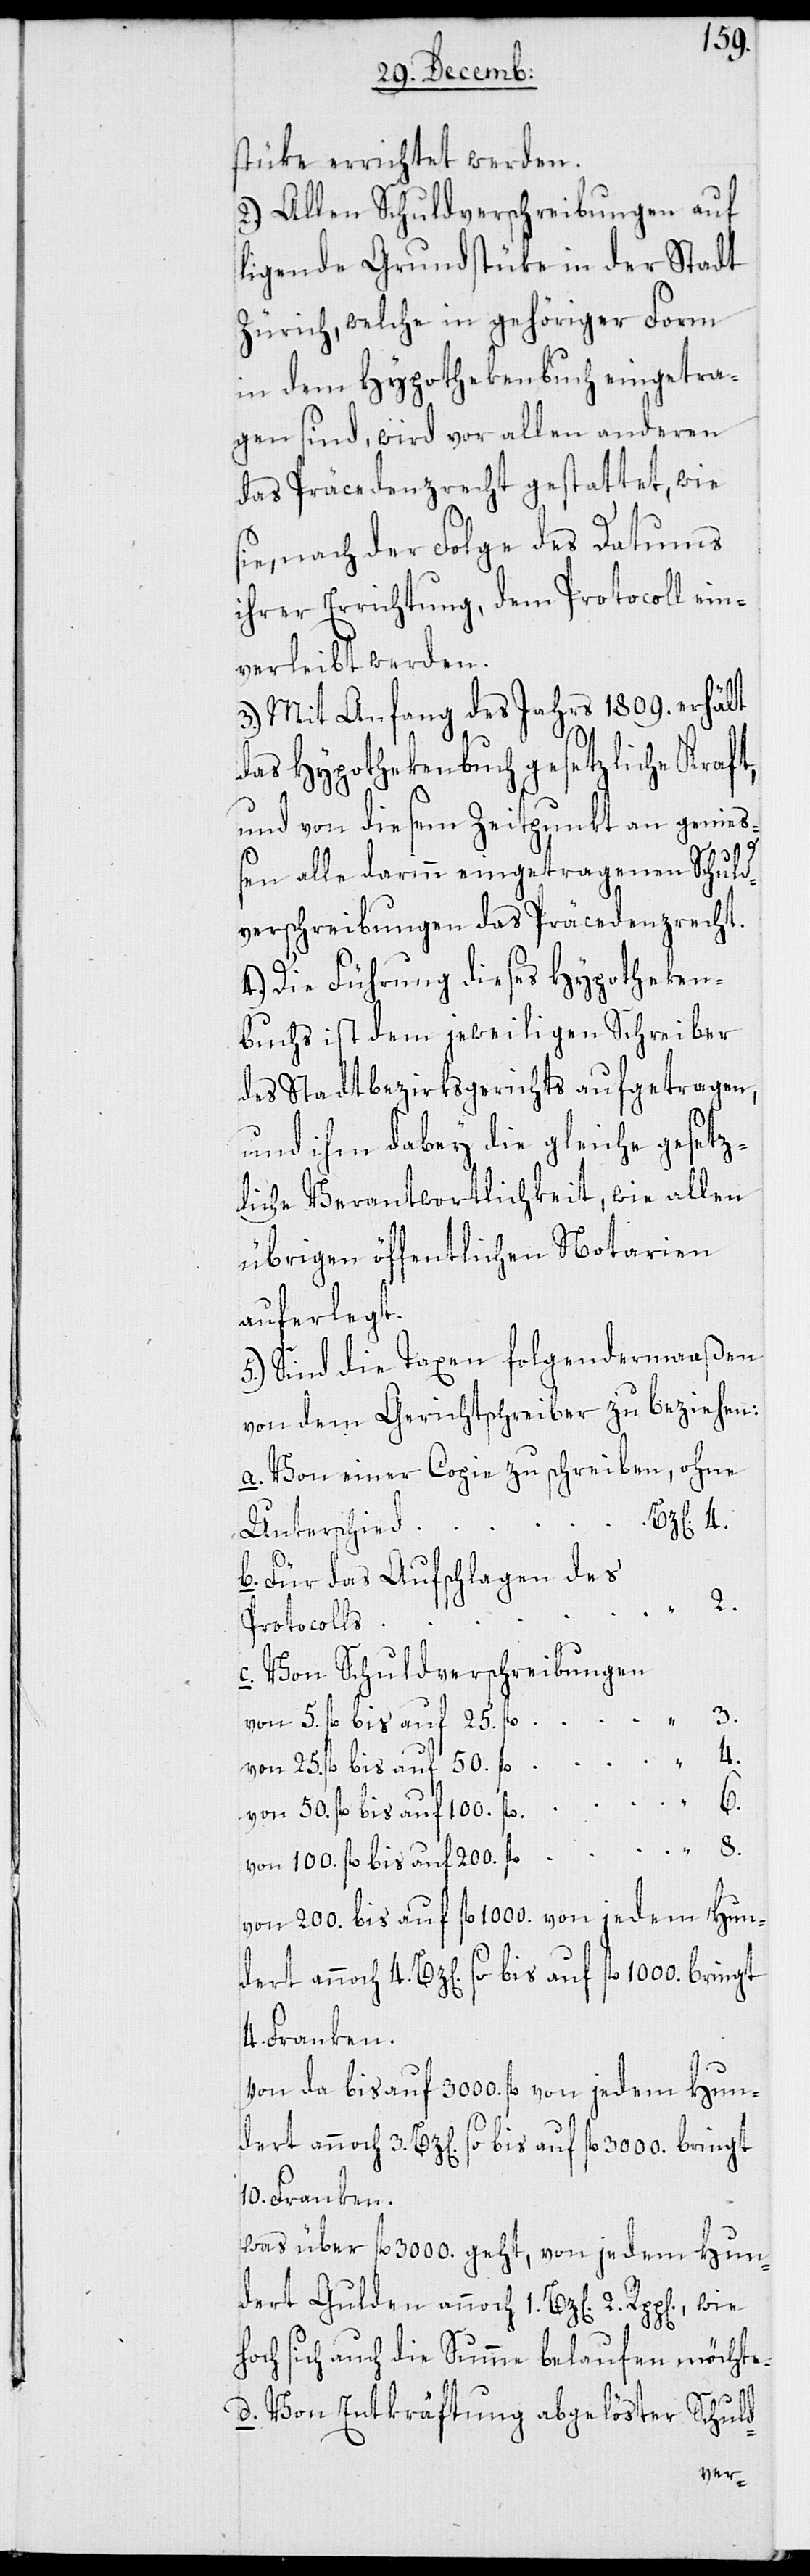
stüke errichtet werden.
2.) Allen Schuldverschreibungen auf
ligende Grundstüke in der Stadt
Zürich, welche in gehöriger Form
in dem Hypothekenbuch eingetra¬
gen sind, wird vor allen anderen
das Präcedenzrecht gestattet, wie
nach der Folge des Datums
ihrer Errichtung, dem Protocoll ein¬
verleibt werden.
3.) Mit Anfang des Jahres 1809. erhält
das Hypothekenbuch gesetzliche Kraft,
und von diesem Zeitpunkt an genieß¬
en alle darinn eingetragenen Schuld¬
verschreibungen das Präcedenzrecht.
4.) Die Führung dieses Hypotheken¬
buchs ist dem jeweiligen Schreiber
des Stadt-Bezirksgerichts aufgetragen,
und ihm dabey die gleiche gesetz¬
liche Verantwortlichkeit, wie allen
übrigen öffentlichen Notarien
auferlegt.
5.) Sind die Taxen folgendermaaßen
von dem Gerichtschreiber zu beziehen:
a. Von einer Copie zu schreiben, ohne
Unterschied
b. Für das Aufschlagen des
Protocolls
c.
Von Schuldenverschreibungen
3.
von 25. fl. bis auf 50. fl.
4.
von 50. fl. bis 100. fl.
8.
von 100. fl. bis auf 200. fl.
von 200. bis auf frl. 1000. von jedem Hun¬
dert annoch 3. Bz[en]. so bis auf 3000 fl. bringt
4. Franken.
von da bis auf 3000. fl. von jedem Hun¬
10. Franken.
was über fl. 3000. geht, von jedem Hun¬
dert Gulden annoch 1. Bz[en].
2.
hoch sich auch die Summe belaufen möchte.
d-
d. Von Entkräftung abgelöster Schul¬